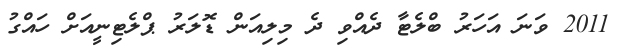
2011 ވަނަ އަހަރު ބްލެޓާ ދެއްވި ދެ މިލިއަން ޑޮލަރު ޕްލެޓިނީއަށް ހައްގު